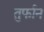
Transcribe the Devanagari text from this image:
तुर्फान